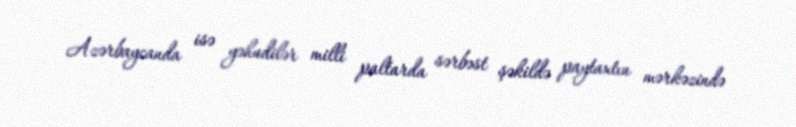
Azərbaycanda isə yəhudilər milli paltarda sərbəst şəkildə paytaxtın mərkəzində